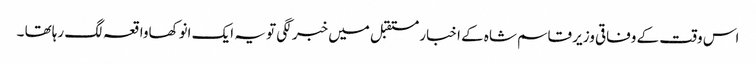
اس وقت کے وفاقی وزیر قاسم شاہ کے اخبار مستقبل میں خبر لگی تو یہ ایک انوکھاواقعہ لگ رہاتھا ۔